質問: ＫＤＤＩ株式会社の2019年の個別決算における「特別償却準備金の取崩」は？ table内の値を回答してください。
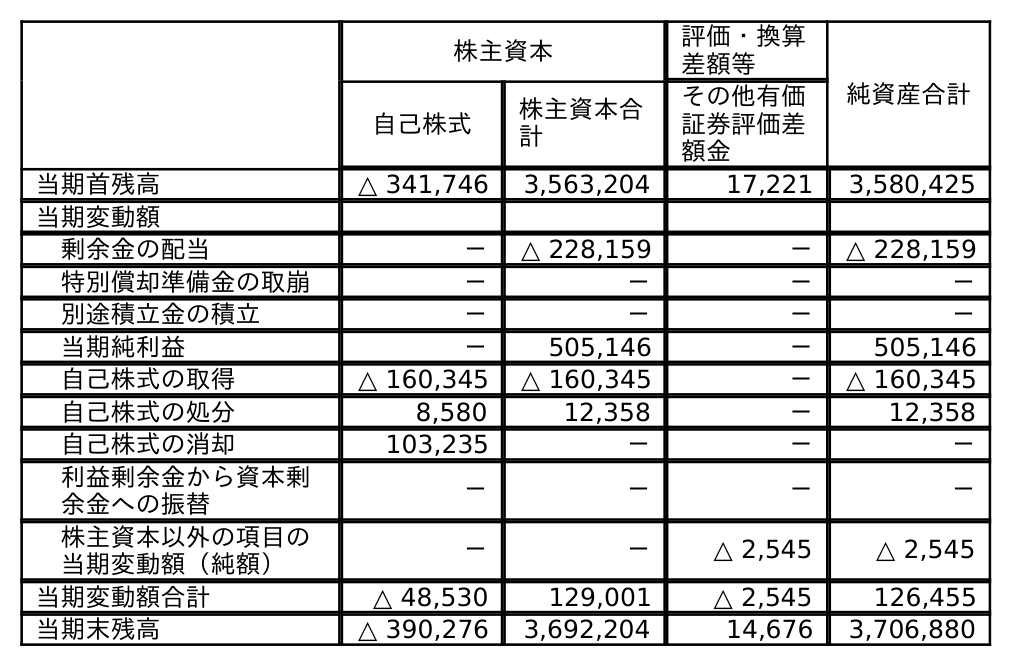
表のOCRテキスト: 株主資本 評価・換算 差額等 純資産合計 自己株式 株主資本合 計 その他有価 証券評価差 額金 当期首残高 △ 341,746 3,563,204 17,221 3,580,425 当期変動額 剰余金の配当 － △ 228,159 － △ 228,159 特別償却準備金の取崩 － － － － 別途積立金の積立 － － － － 当期純利益 － 505,146 － 505,146 自己株式の取得 △ 160,345 △ 160,345 － △ 160,345 自己株式の処分 8,580 12,358 － 12,358 自己株式の消却 103,235 － － － 利益剰余金から資本剰 余金への振替 － － － － 株主資本以外の項目の 当期変動額（純額） － － △ 2,545 △ 2,545 当期変動額合計 △ 48,530 129,001 △ 2,545 126,455 当期末残高 △ 390,276 3,692,204 14,676 3,706,880
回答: －